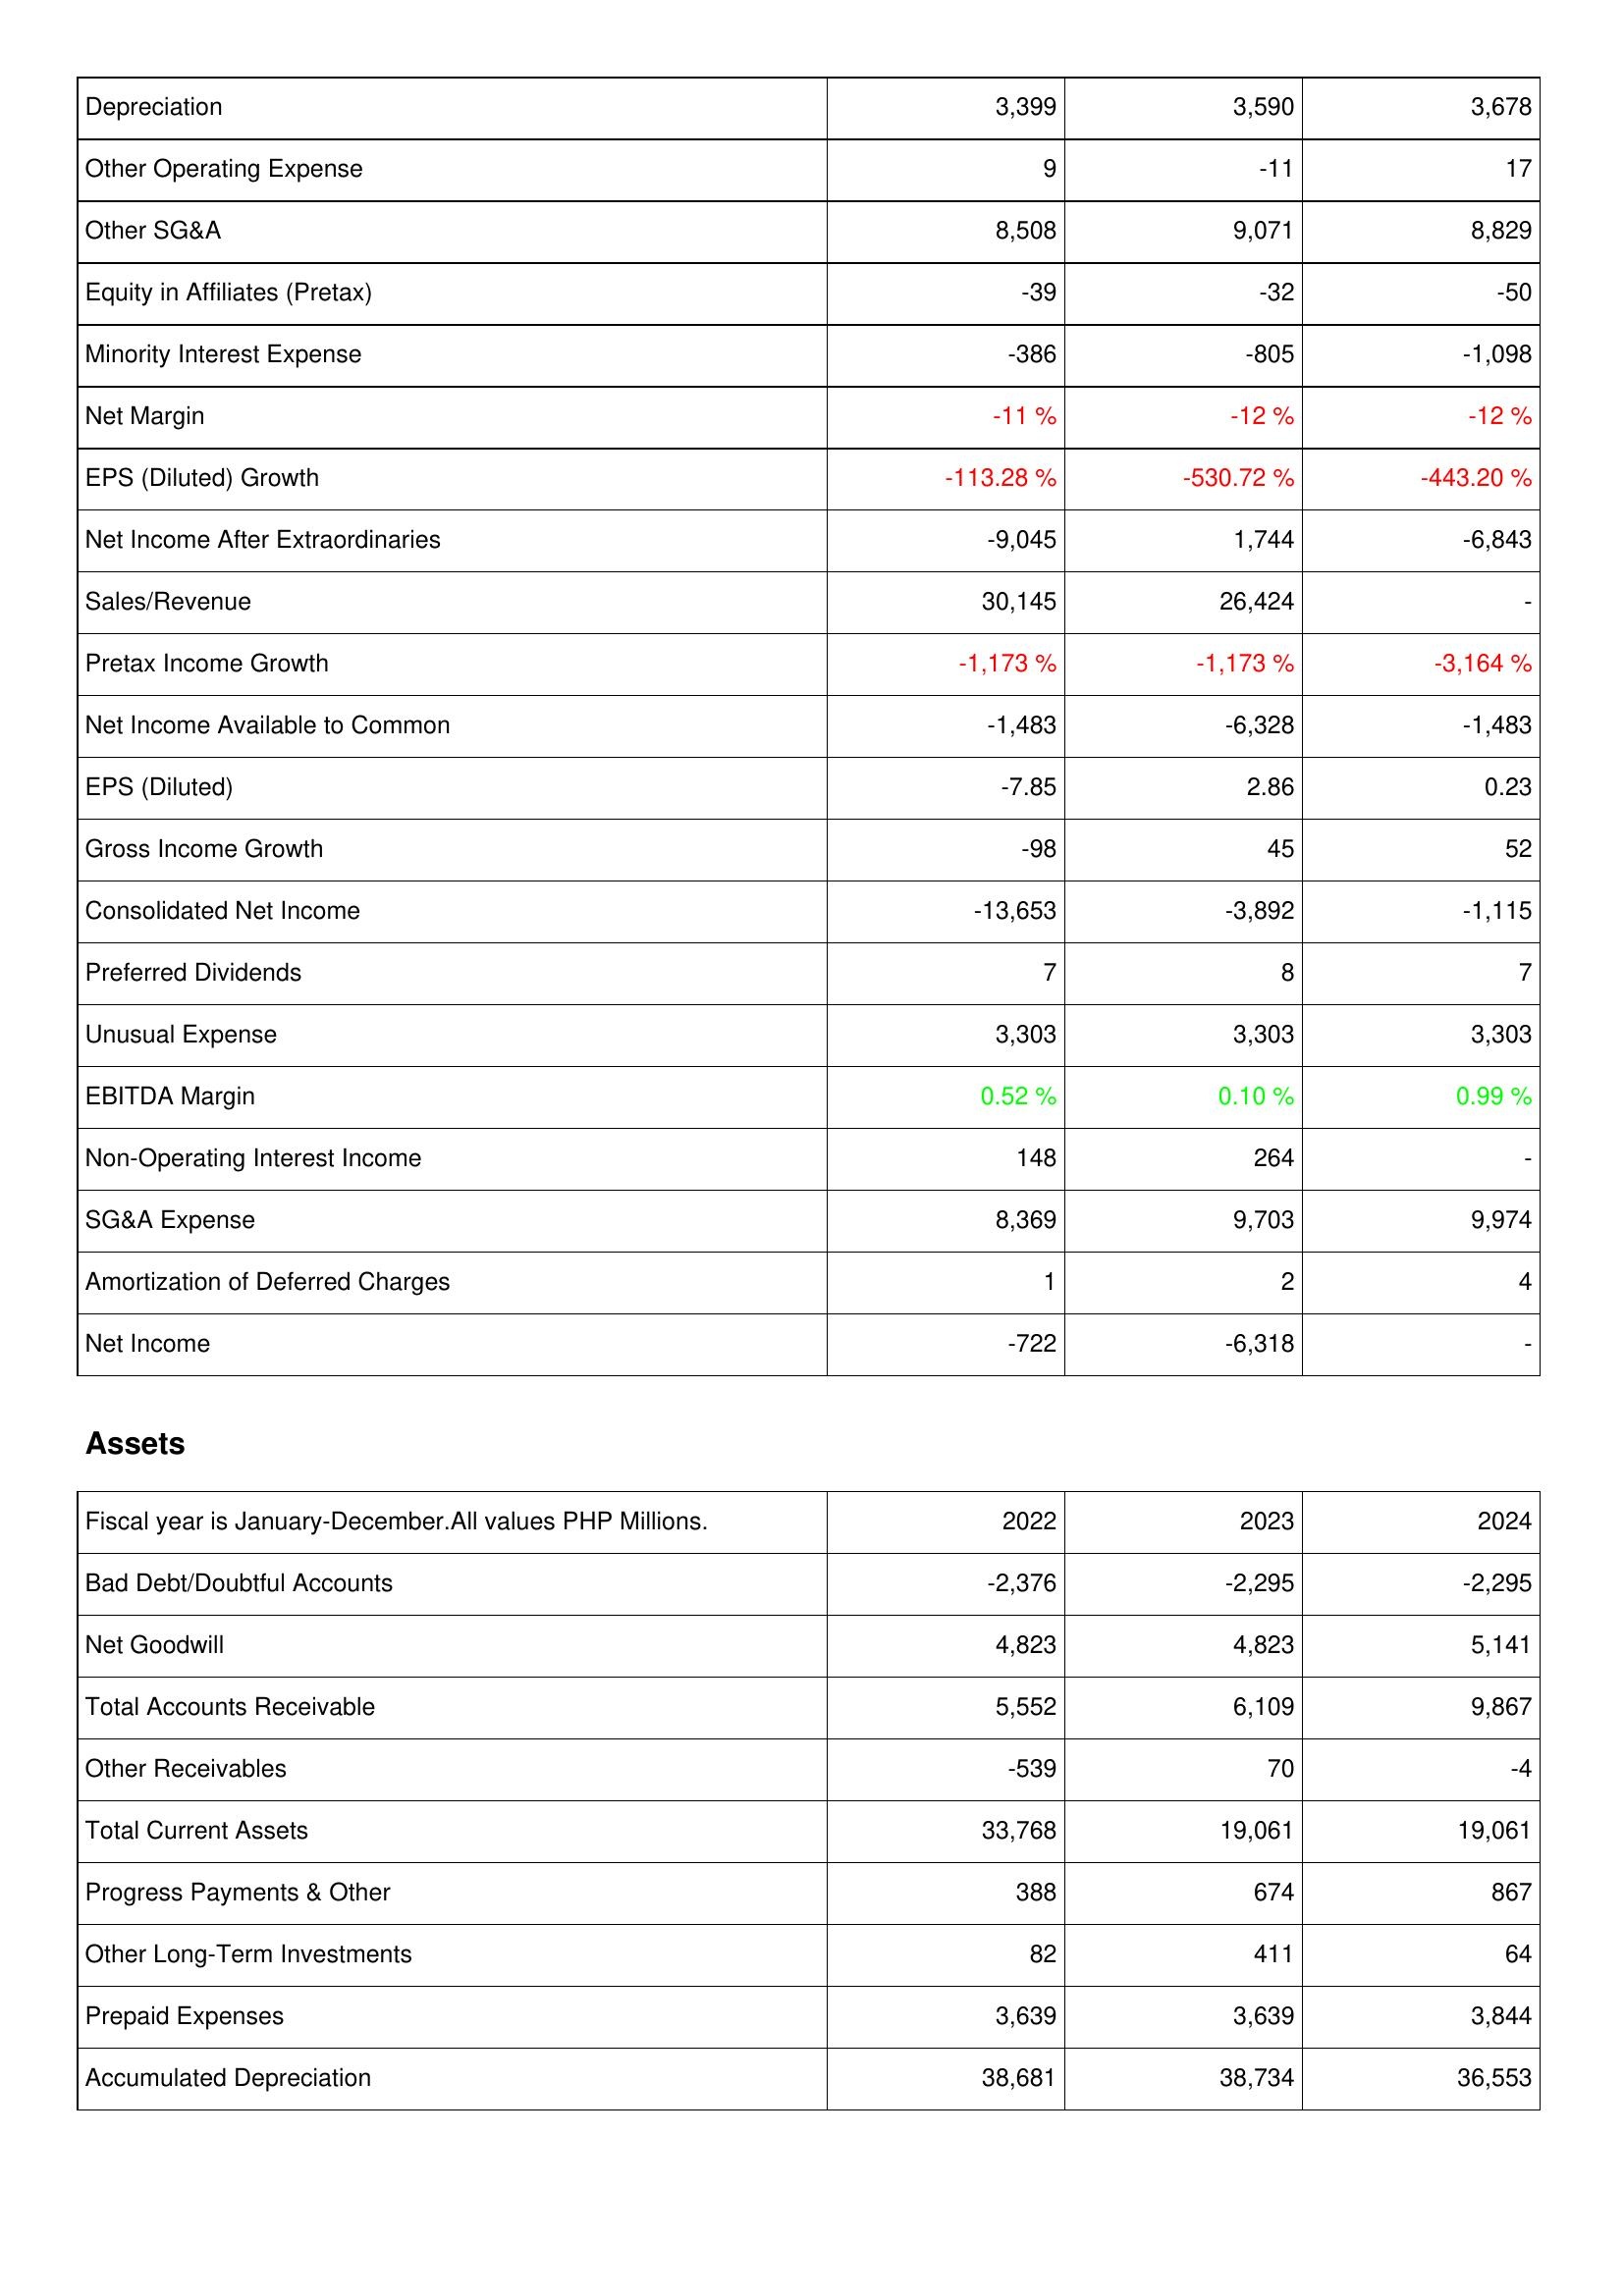
2022: Income Statement: Depreciation: 3,399
Other Operating Expense: 9
Other SG&A: 8,508
Equity in Affiliates (Pretax): -39
Minority Interest Expense: -386
Net Margin: -11 %
EPS (Diluted) Growth: -113.28 %
Net Income After Extraordinaries: -9,045
Sales/Revenue: 30,145
Pretax Income Growth: -1,173 %
Net Income Available to Common: -1,483
EPS (Diluted): -7.85
Gross Income Growth: -98
Consolidated Net Income: -13,653
Preferred Dividends: 7
Unusual Expense: 3,303
EBITDA Margin: 0.52 %
Non-Operating Interest Income: 148
SG&A Expense: 8,369
Amortization of Deferred Charges: 1
Net Income: -722
Assets: Bad Debt/Doubtful Accounts: -2,376
Net Goodwill: 4,823
Total Accounts Receivable: 5,552
Other Receivables: -539
Total Current Assets: 33,768
Progress Payments & Other: 388
Other Long-Term Investments: 82
Prepaid Expenses: 3,639
Accumulated Depreciation: 38,681
2023: Income Statement: Depreciation: 3,590
Other Operating Expense: -11
Other SG&A: 9,071
Equity in Affiliates (Pretax): -32
Minority Interest Expense: -805
Net Margin: -12 %
EPS (Diluted) Growth: -530.72 %
Net Income After Extraordinaries: 1,744
Sales/Revenue: 26,424
Pretax Income Growth: -1,173 %
Net Income Available to Common: -6,328
EPS (Diluted): 2.86
Gross Income Growth: 45
Consolidated Net Income: -3,892
Preferred Dividends: 8
Unusual Expense: 3,303
EBITDA Margin: 0.10 %
Non-Operating Interest Income: 264
SG&A Expense: 9,703
Amortization of Deferred Charges: 2
Net Income: -6,318
Assets: Bad Debt/Doubtful Accounts: -2,295
Net Goodwill: 4,823
Total Accounts Receivable: 6,109
Other Receivables: 70
Total Current Assets: 19,061
Progress Payments & Other: 674
Other Long-Term Investments: 411
Prepaid Expenses: 3,639
Accumulated Depreciation: 38,734
2024: Income Statement: Depreciation: 3,678
Other Operating Expense: 17
Other SG&A: 8,829
Equity in Affiliates (Pretax): -50
Minority Interest Expense: -1,098
Net Margin: -12 %
EPS (Diluted) Growth: -443.20 %
Net Income After Extraordinaries: -6,843
Sales/Revenue: -
Pretax Income Growth: -3,164 %
Net Income Available to Common: -1,483
EPS (Diluted): 0.23
Gross Income Growth: 52
Consolidated Net Income: -1,115
Preferred Dividends: 7
Unusual Expense: 3,303
EBITDA Margin: 0.99 %
Non-Operating Interest Income: -
SG&A Expense: 9,974
Amortization of Deferred Charges: 4
Net Income: -
Assets: Bad Debt/Doubtful Accounts: -2,295
Net Goodwill: 5,141
Total Accounts Receivable: 9,867
Other Receivables: -4
Total Current Assets: 19,061
Progress Payments & Other: 867
Other Long-Term Investments: 64
Prepaid Expenses: 3,844
Accumulated Depreciation: 36,553